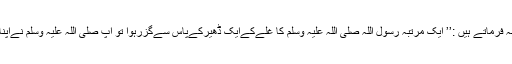
سیدناابوہریرہ رضی اللہ عنہ فرماتے ہیں :’’ ایک مرتبہ رسول اللہ صلی اللہ علیہ وسلم کا غلّےکےایک ڈھیرکےپاس سےگزرہوا تو آپ صلی اللہ علیہ وسلم نےاپناہاتھ اس ڈھیرمیں داخل کیا۔